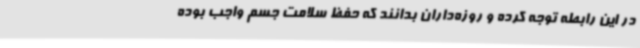
در این رابطه توجه کرده و روزه‌داران بدانند که حفظ سلامت جسم واجب بوده